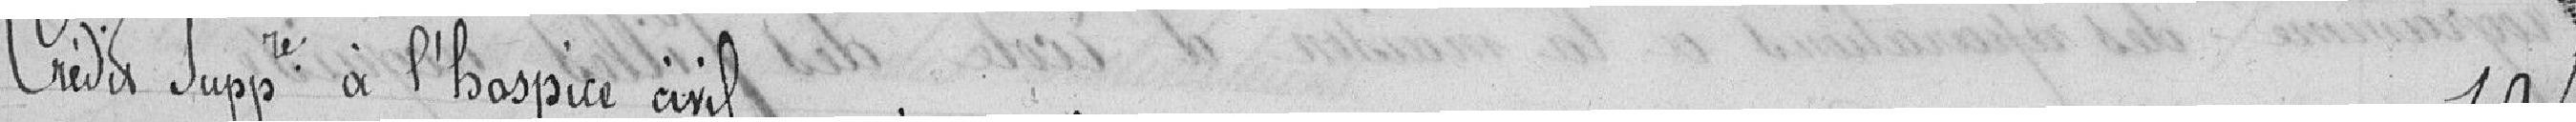
Crédit Supplémentaire à l'hôpital civil